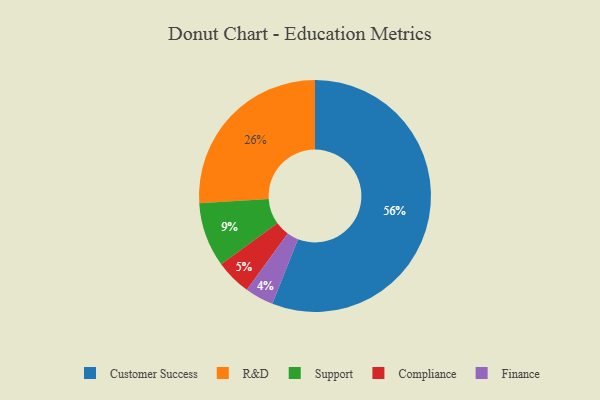
{"axis": {"x": "Category", "y": "Percentage"}, "legend": ["Compliance", "Customer Success", "Finance", "R&D", "Support"], "data": [{"x": "Compliance", "y": 5, "type": "Compliance"}, {"x": "Customer Success", "y": 56, "type": "Customer Success"}, {"x": "R&D", "y": 26, "type": "R&D"}, {"x": "Support", "y": 9, "type": "Support"}, {"x": "Finance", "y": 4, "type": "Finance"}]}